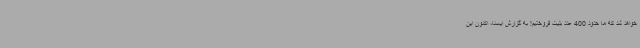
خواهد شد که ما حدود 400 عدد بلیت فروختیم! به گزارش ایسنا، اکنون این